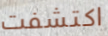
اكتشفت